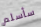
سأسلم